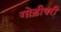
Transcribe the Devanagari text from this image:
गोड़ीपरी